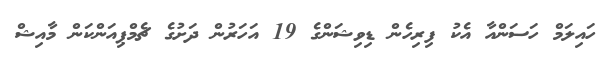
ހައިލަމް ހަސަންއާ އެކު ފިރިހެން ޑިވިޝަންގެ 19 އަހަރުން ދަށުގެ ޗެމްޕިއަންކަން މާއިޝް